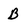
Character: B